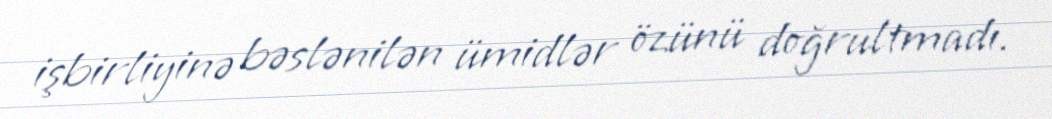
işbirliyinə bəslənilən ümidlər özünü doğrultmadı.